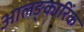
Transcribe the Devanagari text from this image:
आलङ्कारिंक